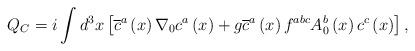
LaTeX: \begin{align*}Q_C=i\int d^3x\left[ \overline{c}^a\left(x\right) \nabla_0 c^a\left(x\right) +g\overline{c}^a\left(x\right)f^{abc}A_0^b\left(x\right) c^c\left(x\right) \right],\end{align*}